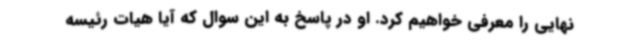
نهایی را معرفی خواهیم کرد. او در پاسخ به این سوال که آیا هیات رئیسه